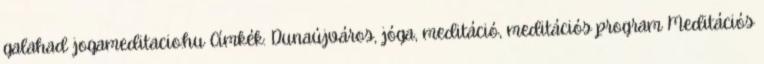
galahad jogameditacio.hu Címkék: Dunaújváros, jóga, meditáció, meditációs program Meditációs